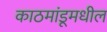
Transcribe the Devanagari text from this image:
काठमांडूमधील